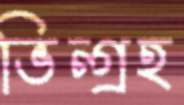
ভিন্গ্রহ